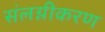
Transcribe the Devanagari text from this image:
संलग्नीकरण